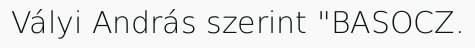
Vályi András szerint "BASOCZ.